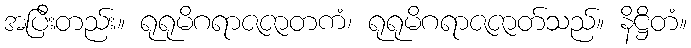
အပြီးတည်း။ ရုရုမိဂရာဇဇာတကံ၊ ရုရုမိဂရာဇဇာတ်သည်။ နိဋ္ဌိတံ။